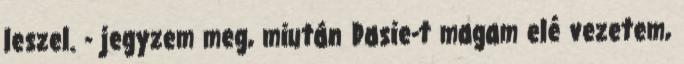
leszel. - jegyzem meg, miután Dasie-t magam elé vezetem,